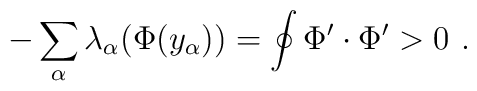
- \sum_\alpha \lambda_\alpha (\Phi(y_\alpha))=  \oint   \Phi'\cdot \Phi'>0~.